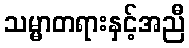
သမ္မာတရားနှင့်အညီ